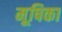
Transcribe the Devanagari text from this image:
मूषिका